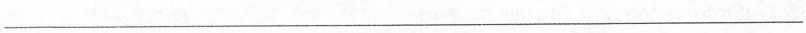
___